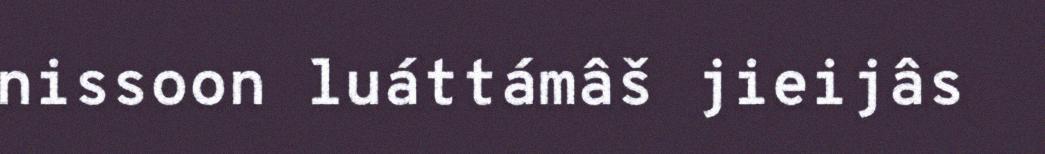
nissoon luáttámâš jieijâs